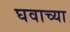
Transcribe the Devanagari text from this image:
घवाच्या